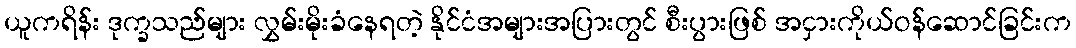
ယူကရိန်း ဒုက္ခသည်များ လွှမ်းမိုးခံနေရတဲ့ နိုင်ငံအများအပြားတွင် စီးပွားဖြစ် အငှားကိုယ်ဝန်ဆောင်ခြင်းက